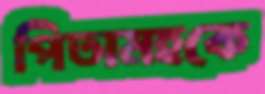
পিতামহকে